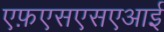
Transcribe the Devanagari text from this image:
एफ़एसएसएआई